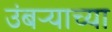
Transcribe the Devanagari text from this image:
उंबऱ्याच्या